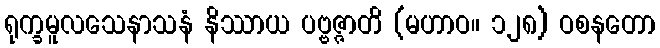
ရုက္ခမူလသေနာသနံ နိဿာယ ပဗ္ဗဇ္ဇာတိ (မဟာဝ။ ၁၂၈) ဝစနတော